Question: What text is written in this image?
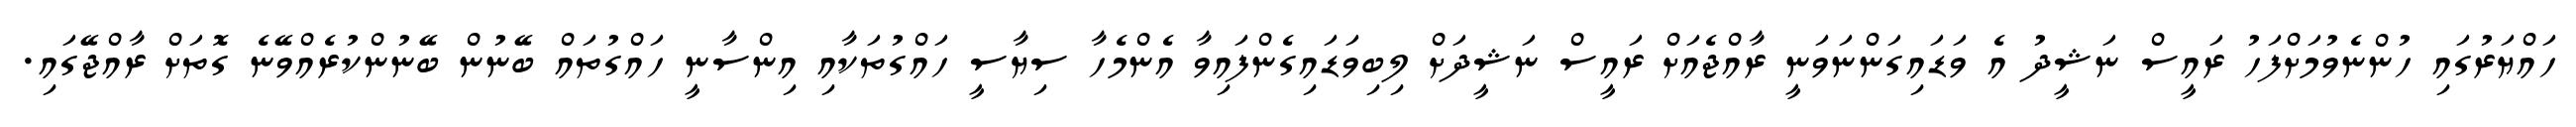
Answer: ހައްޔަރުގައި ހުންނެވުމަށްފަހު ރައީސް ނަޝީދު އެ ވަޑައިގަންނަވަނީ ރާއްޖެއަށް ރައީސް ނަޝީދަށް ލިބިވަޑައިގެންފައިވާ އެންމެހާ ސިޔާސީ ހައްގުތަކާއި އިންސާނީ ހައްގުތައް ބޭނުން ބޭނުންކުރެއްވޭނެ ގޮތަށް ރާއްޖޭގައި.